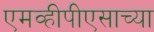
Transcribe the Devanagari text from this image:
एमव्हीपीएसाच्या